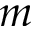
m